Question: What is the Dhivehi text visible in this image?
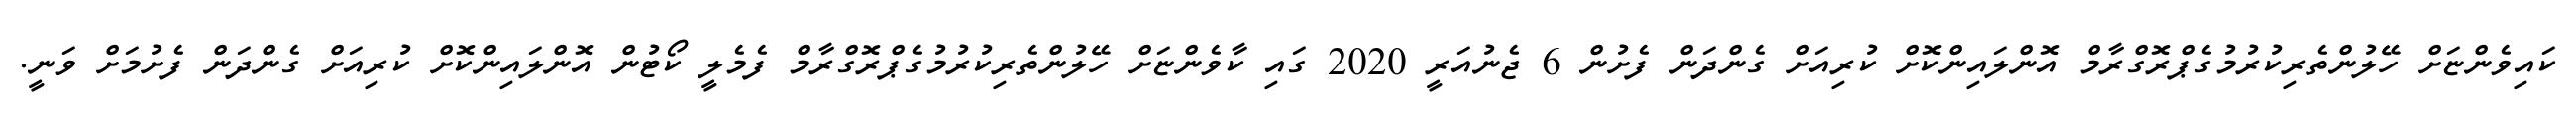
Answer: ކައިވެންޏަށް ހޭލުންތެރިކުރުމުގެޕްރޮގްރާމް އޮންލައިންކޮށް ކުރިއަށް ގެންދަން ފެށުން 6 ޖެނުއަރީ 2020 ގައި ކާވެންޏަށް ހޭލުންތެރިކުރުމުގެޕްރޮގްރާމް ފެމެލީ ކޯޓުން އޮންލައިންކޮށް ކުރިއަށް ގެންދަން ފެށުމަށް ވަނީ.